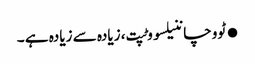
●ٹووچاننیلسووٹپت، زیادہ سے زیادہ ہے ۔